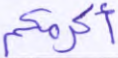
أكرمكم